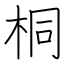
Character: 桐